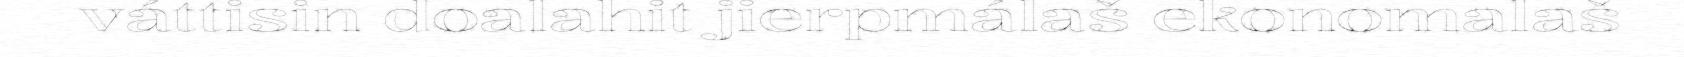
váttisin doalahit jierpmálaš ekonomalaš